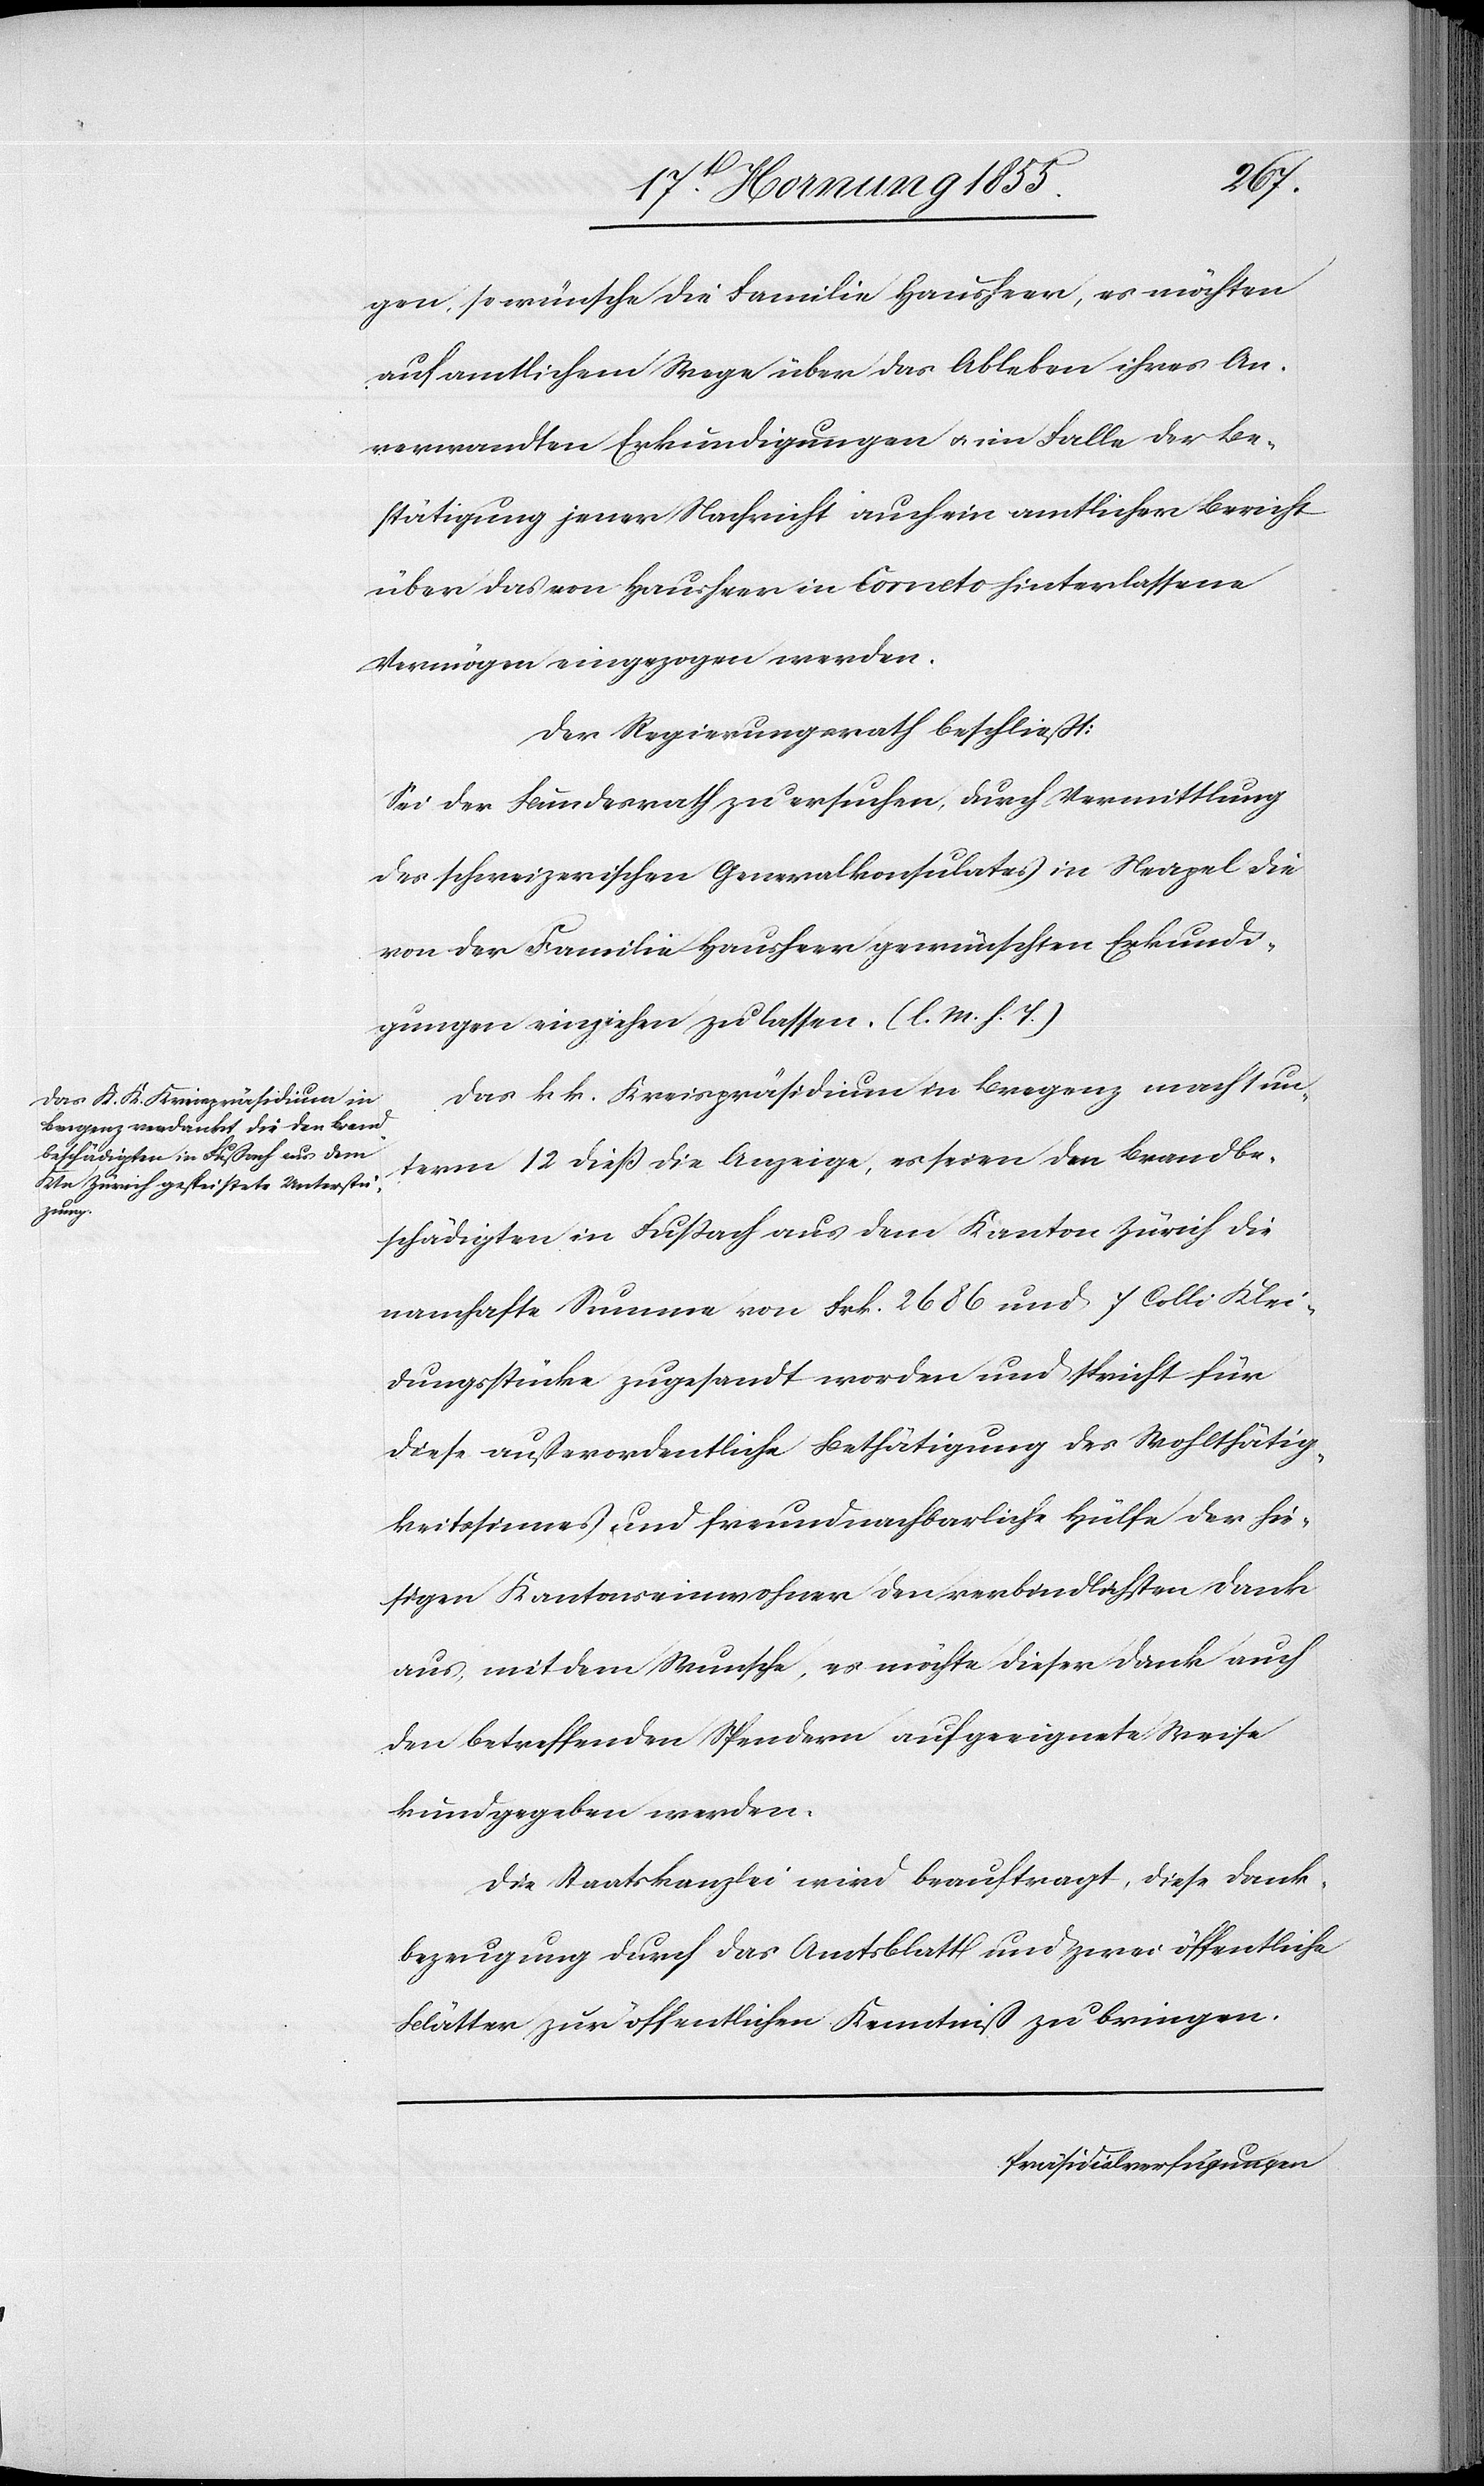
gen, so wünsche die Familie Hausheer, es möchten
auf amtlichem Wege über das Ableben ihres An¬
verwandten Erkundigungen & im Falle der Be¬
stätigung jener Nachricht auch ein amtlicher Bericht
über das von Hausheer in Corneto hinterlassene
Vermögen eingezogen werden.
Der Regierungsrath beschließt:
Sei der Bundesrath zu ersuchen, durch Vermittlung
des schweizerischen Generalkonsulates in Neapel die
von der Familie Hausheer gewünschten Erkundi¬
gungen einziehen zu lassen. (l. M. h. T.)
Das k k. Kreispräsidium in Bregenz macht un¬
term 12 dieß die Anzeige, es seien den Brandbe¬
schädigten in Fußach aus dem Kanton Zürich die
namhafte Summe von Frk. 2686 und 7 Colli Klei¬
dungsstücke zugesandt worden und spricht für
diese außerordentliche Bethätigung des Wohlthätig¬
keitssinnes und freundnachbarliche Hülfe der hie¬
sigen Kantonseinwohner den verbindlichsten Dank
aus, mit dem Wunsche, es möchte dieser Dank auch
den betreffenden Spendern auf geeignete Weise
kundgegeben werden.
Die Staatskanzlei wird beauftragt, diese Dank¬
bezeugung durch das Amtsblatt und zwei öffentliche
Blätter zur öffentlichen Kenntniß zu bringen.